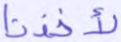
لأخذنا